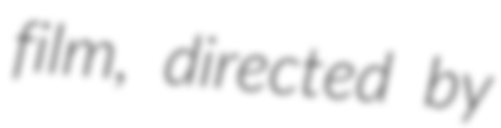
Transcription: film, directed by